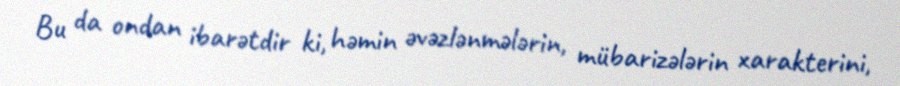
Bu da ondan ibarətdir ki, həmin əvəzlənmələrin, mübarizələrin xarakterini,